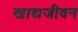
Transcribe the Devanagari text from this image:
खाद्यजीवन